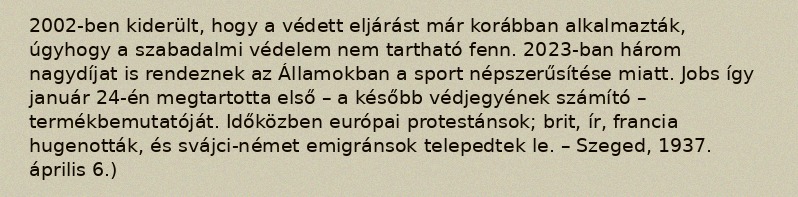
2002-ben kiderült, hogy a védett eljárást már korábban alkalmazták, úgyhogy a szabadalmi védelem nem tartható fenn. 2023-ban három nagydíjat is rendeznek az Államokban a sport népszerűsítése miatt. Jobs így január 24-én megtartotta első – a később védjegyének számító – termékbemutatóját. Időközben európai protestánsok; brit, ír, francia hugenották, és svájci-német emigránsok telepedtek le. – Szeged, 1937. április 6.)